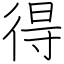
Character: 得